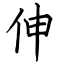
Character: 伸